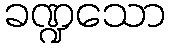
ခဏ္ဍသော